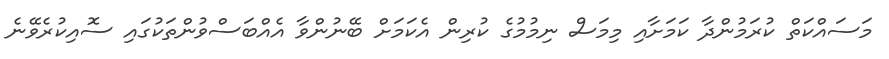
މަސައްކަތް ކުރަމުންދާ ކަމަށާއި މިމަސް ނިމުމުގެ ކުރިން އެކަމަށް ބޭނުންވާ އެއްބަސްވުންތަކުގައި ސޮއިކުރެވޭނެ